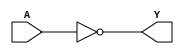
module sky130_fd_sc_ls__clkdlyinv5sd3_5 (
    Y,
    A
);
    output Y;
    input  A;
    wire not0_out_Y;
    not not0 (not0_out_Y, A              );
    buf buf0 (Y         , not0_out_Y     );
endmodule